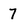
Character: 7